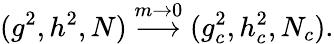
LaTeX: (g^{2},h^{2},N)\stackrel{m\rightarrow 0}{\longrightarrow}(g_{c}^{2},h_{c}^{2},N_{c}).